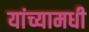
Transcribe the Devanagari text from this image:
यांच्यामधी